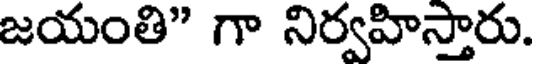
జయంతి" గా నిర్వహిస్తారు.